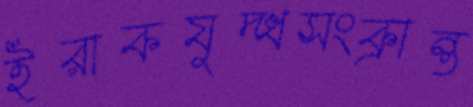
ইরাকযুদ্ধসংক্রান্ত